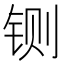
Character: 铡